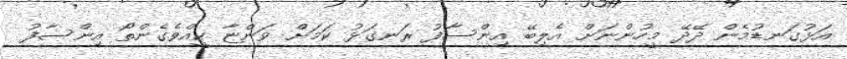
އަޅުގަނޑުމެން ދޭދޭ މީހުންނަށް އެލިބޭ އިންސާފު ރަނގަޅު ކަމަށް ވަންޏާ ކީއްވެގެންތޯ އިންސާފު